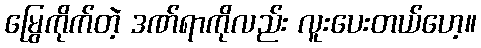
မြွေကိုက်တဲ့ ဒဏ်ရာကိုလည်း လူးပေးတယ်ဟေ့။